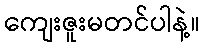
ကျေးဇူးမတင်ပါနဲ့။